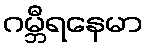
ဂမ္ဘီရနေမာ